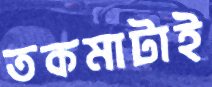
তকমাটাই